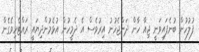
ފުލުހުން ބުނެފައިވަނީ ޖިއާ ހާން ދަންޖެހުނު އިރުވެސް އެ ދެމީހުން އުޅެމުންދިޔައީ ރައްޓެހިވެގެން